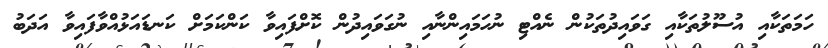
ހަމަތަކާއި އުސޫލުތަކާއި ގަވައިދުތަކުން ނެއްޓި ނުހަމައިންނާއި ނުގަވައިދުން ކޮށްފައިވާ ކަންކަމަށް ކަނޑައަޅުއްވާފައިވާ އަދަބު